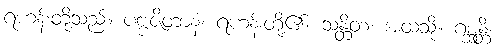
ရဟန်းတို့သည်။ ပဗ္ဗဇိတာနံ၊ ရဟန်းတို့၏။ သန္တိတံ၊ အထံသို့။ ဂစ္ဆန္တိ၊